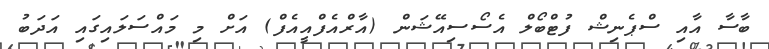
ބާސާ އާއި ސްޕެނިޝް ފުޓްބޯލް އެސޯސިއޭޝަން (އާރްއެފްއީއެފް) އަށް މި މައްސަލައިގައި އަދަބު